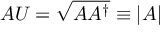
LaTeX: A U = { \sqrt { A A ^ { \dagger } } } \equiv | A |